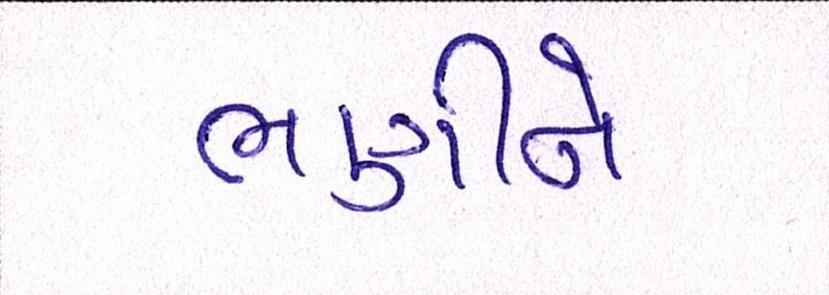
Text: ભણીને